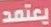
يعتمد